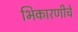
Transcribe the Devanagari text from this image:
भिकारणीचे